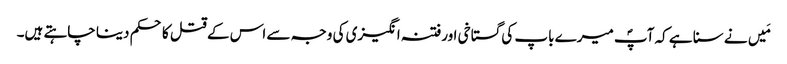
مَیں نے سنا ہے کہ آپؐ میرے باپ کی گستاخی اورفتنہ انگیزی کی وجہ سے اس کے قتل کا حکم دینا چاہتے ہیں۔